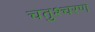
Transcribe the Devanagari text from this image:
चतुश्चरण